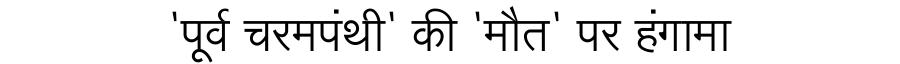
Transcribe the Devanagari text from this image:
'पूर्व चरमपंथी' की 'मौत' पर हंगामा